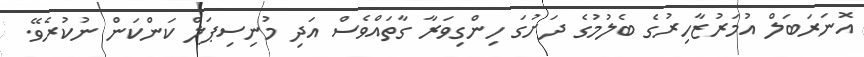
އޮނަރަބަލް އުމަރުޒާހިރުގެ ބެލުމުގެ ދަށުގަ ހިންގިވަރާ ގާތައްވެސް އަދި މުނިސިޕަލް ކަންކަން ނުކުރެވޭ.